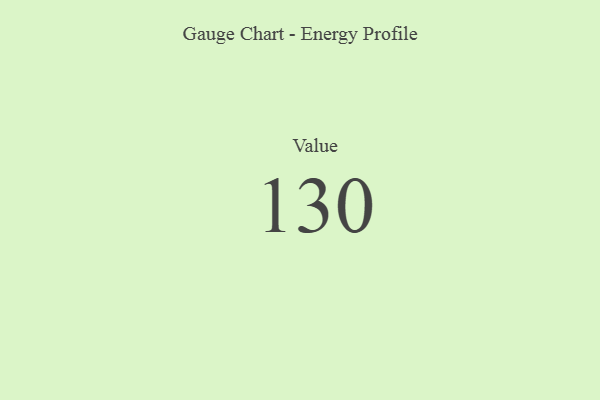
{"axis": {"x": "Metric", "y": "Value"}, "legend": [""], "data": [{"x": "Value", "y": 130, "type": ""}]}